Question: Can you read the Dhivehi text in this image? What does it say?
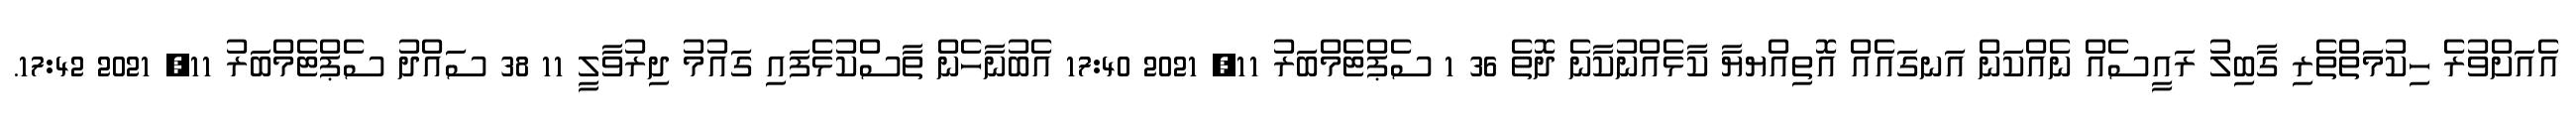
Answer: އެއަށްވުރެ ހިކުމަތްތެރި ގާބިލު ރައީސެއް ނެއްކަން އަނގައެއް އޮތިއްޔޔާ ކާޅެއްނުކާނެ ދޮތެ 36 1 ސެޕްޓެމްބަރު 11, 2021 17:40 އެބުނާހެން ތާސްކުޅެފައި ގައުމު ދިރުވާލީ 11 38 ސައްދު ސެޕްޓެމްބަރު 11, 2021 17:42.